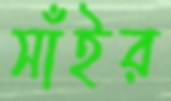
সাঁইর